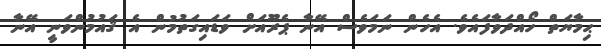
ޙިމާޔަތް ހޯއްދަވާފައެވެ. އެހެން ނަމަވެސް އޭނާ ޕެރޫއަށް ވަޑައިގަތުމުން އެ ޤައުމުންވަނީ އޭނާ